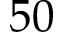
5 0